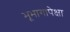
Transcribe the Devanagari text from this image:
भूभागापेक्षा